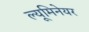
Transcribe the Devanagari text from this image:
ल्यूमिनेयर